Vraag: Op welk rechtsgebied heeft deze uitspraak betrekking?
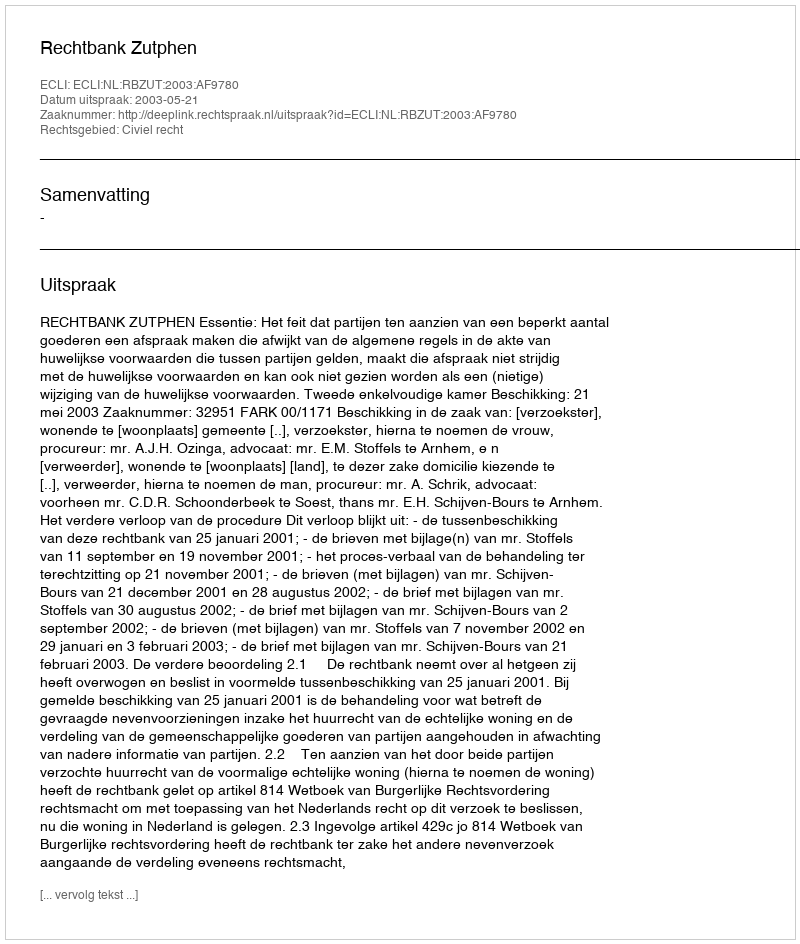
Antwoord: Civiel recht